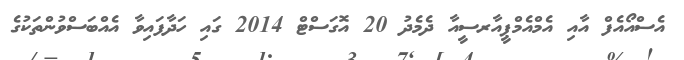
އެސްއޯއެފް އާއި އެމްއެމްޕީއާރސީއާ ދެމެދު 20 އޮގަސްޓް 2014 ގައި ހަދާފައިވާ އެއްބަސްވުންތަކުގެ